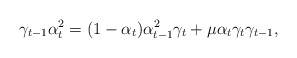
\begin{align*}\gamma_{t-1}\alpha_t^2=(1-\alpha_t)\alpha_{t-1}^2\gamma_t+\mu\alpha_t\gamma_t\gamma_{t-1},\end{align*}